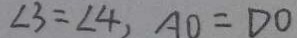
\angle 3 = \angle 4 , A O = D O